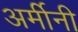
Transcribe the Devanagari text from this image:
अर्मीनी